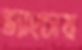
ভ্যাংচায়